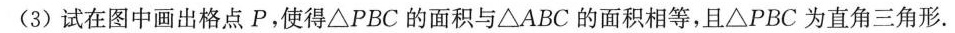
(3)试在图中画出格点P，使得\bigtriangleup PBC的面积与\bigtriangleup ABC的面积相等，且\bigtriangleup PBC为直角三角形。